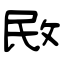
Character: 敃